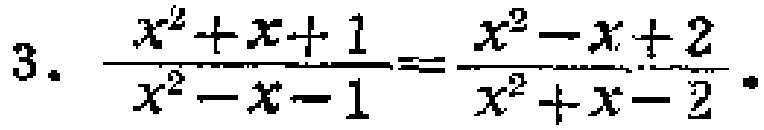
\[3.\ \frac{x^{2}+x + 1}{x^{2}-x - 1}=\frac{x^{2}-x + 2}{x^{2}+x - 2}\]